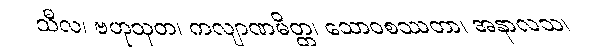
သီလ၊ ဗဟုသုတ၊ ကလျာဏမိတ္တ၊ သောဝစဿတာ၊ အနာလသ၊